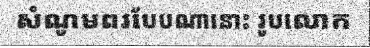
សំណូមពរបែបណានោះ រូបលោក